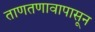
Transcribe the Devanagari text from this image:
ताणतणावापासून